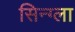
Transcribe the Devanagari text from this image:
सिन्ग्ला